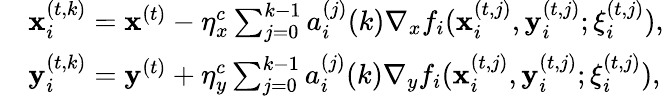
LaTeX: \begin{array}{rl}&{{\mathbf{x}_{i}^{(t,k)}}={\mathbf x^{(t)}}-\eta_{x}^{c}\sum_{j=0}^{k-1}a_{i}^{(j)}(k)\nabla_{x}f_{i}({\mathbf{x}_{i}^{(t,j)}},{\mathbf{y}_{i}^{(t,j)}};{\xi_{i}^{(t,j)}}),}\\ &{{\mathbf{y}_{i}^{(t,k)}}={\mathbf y^{(t)}}+\eta_{y}^{c}\sum_{j=0}^{k-1}a_{i}^{(j)}(k)\nabla_{y}f_{i}({\mathbf{x}_{i}^{(t,j)}},{\mathbf{y}_{i}^{(t,j)}};{\xi_{i}^{(t,j)}}),}\end{array}